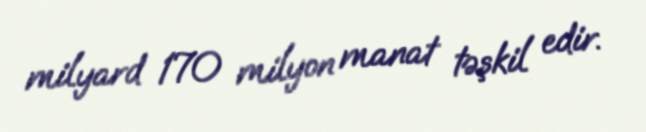
milyard 170 milyon manat təşkil edir.